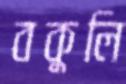
বকুলি